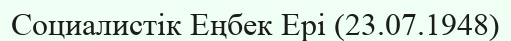
Социалистік Еңбек Ері (23.07.1948)